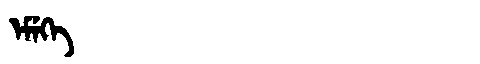
Manchu: ᡝᠮᡝᡴᡝ
Romanization: EMEKE